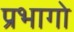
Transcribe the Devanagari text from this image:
प्रभागो